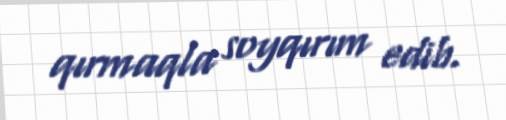
qırmaqla soyqırım edib.